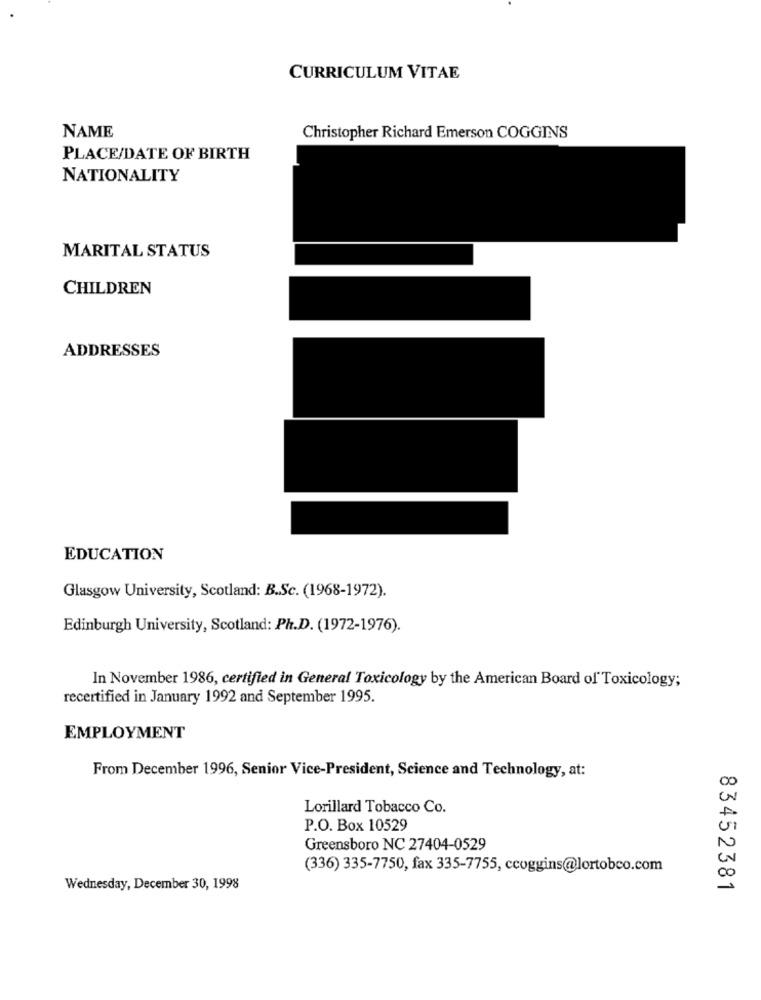
CURRICULUM VITAE
NAME
Christopher Richard Emerson COGGINS
PLACE/DATE OF BIRTH
NATIONALITY
MARITAL STATUS
CHILDREN
ADDRESSES
EDUCATION
Glasgow University, Scotland: B.Sc. (1968-1972).
Edinburgh University, Scotland: Ph.D. (1972-1976).
In November 1986, certified in General Toxicology by the American Board of Toxicology;
recertified in January 1992 and September 1995.
EMPLOYMENT
From December 1996, Senior Vice-President, Science and Technology, at:
Lorillard Tobacco Co.
P.O. Box 10529
Greensboro NC 27404-0529
(336) 335-7750, fax 335-7755, ccoggins@lortobco.com
Wednesday, December 30, 1998
83452381